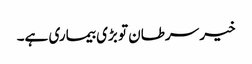
خیر سرطان تو بڑی بیماری ہے۔